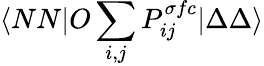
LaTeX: \langle NN|O\sum_{i,j}P_{ij}^{\sigma fc}|\Delta\Delta\rangle